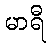
မာရီ